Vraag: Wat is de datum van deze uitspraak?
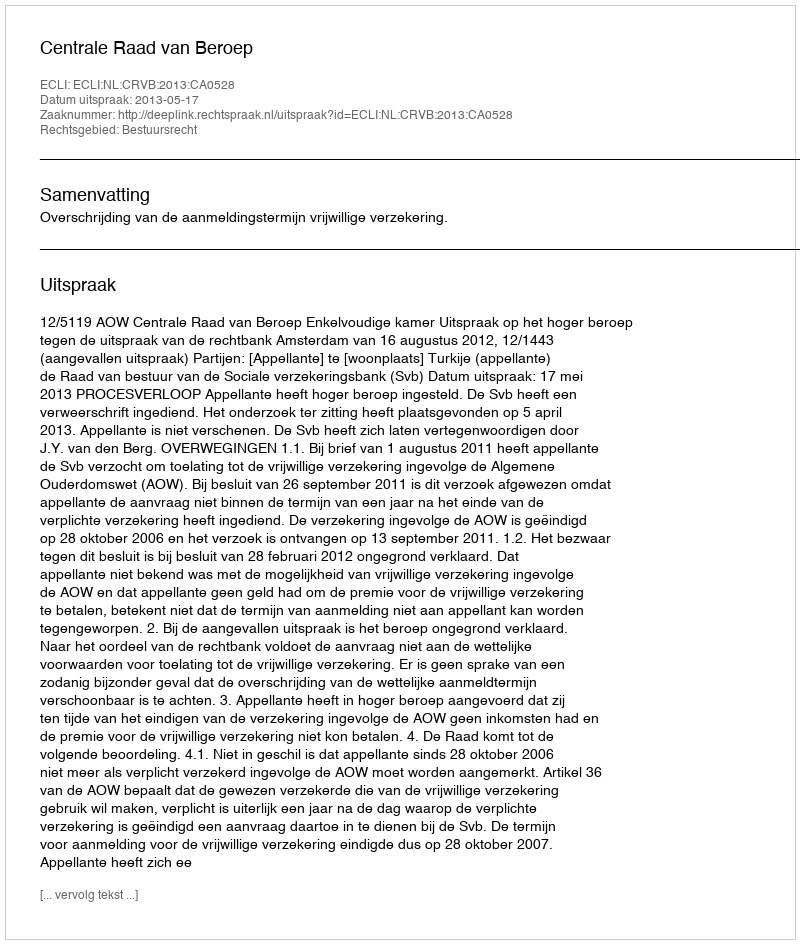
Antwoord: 2013-05-17